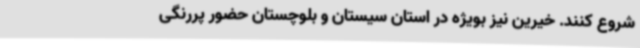
شروع کنند. خیرین نیز بویژه در استان سیستان و بلوچستان حضور پررنگی